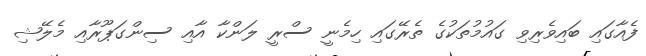
ފެއާގައި ބައިވެރިވި ގައުމުތަކުގެ ތެރޭގައި ހިމެނީ ސްރީ ލަންކާ އާއި ސިންގަޕޫރާއި މެލޭޝި